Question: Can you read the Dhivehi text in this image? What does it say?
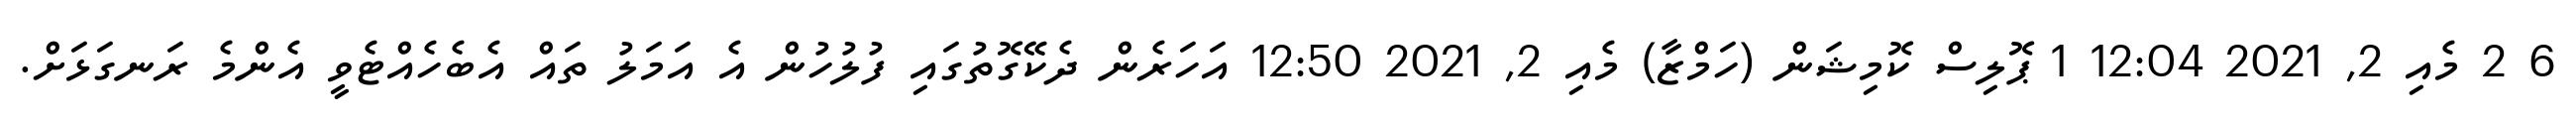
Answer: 6 2 މެއި 2, 2021 12:04 1 ޕޮލިސް ކޮމިޝަން (ހަމްޒާ) މެއި 2, 2021 12:50 އަހަރެން ދެކޭގޮތުގައި ފުލުހުން އެ އަމަލު ތައް އެބެހެއްޓެވީ އެންމެ ރަނގަޅަށް.